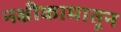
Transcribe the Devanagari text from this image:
नक्षीकामातून